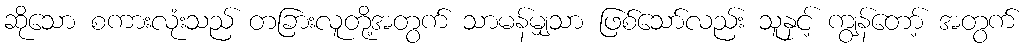
ဆိုသော စကားလုံးသည် တခြားလူတို့အတွက် သာမန်မျှသာ ဖြစ်သော်လည်း သူနှင့် ကျွန်တော့် အတွက်